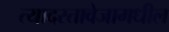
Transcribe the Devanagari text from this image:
त्यादस्तावेजामधील